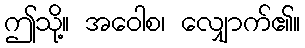
ဤသို့။ အဝေါစ၊ လျှောက်၏။